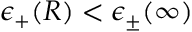
\epsilon _ { + } ( R ) < \epsilon _ { \pm } ( \infty )